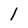
Character: I